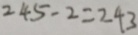
2 4 5 - 2 = 2 4 3